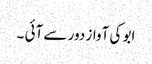
ابو کی آواز دور سے آئی ۔